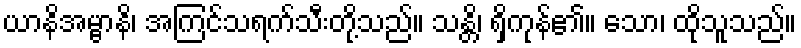
ယာနိအမ္ဗာနိ၊ အကြင်သရက်သီးတို့သည်။ သန္တိ၊ ရှိကုန်၏။ သော၊ ထိုသူသည်။